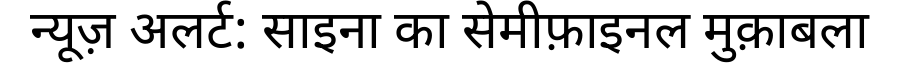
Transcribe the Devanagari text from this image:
न्यूज़ अलर्ट: साइना का सेमीफ़ाइनल मुक़ाबला